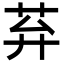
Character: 䒪